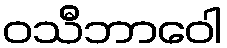
ဝသီဘာဝေါ